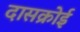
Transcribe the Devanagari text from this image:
दासक्रोई